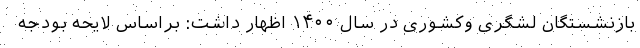
بازنشستگان لشگری وکشوری در سال ۱۴۰۰ اظهار داشت: براساس لایحه بودجه